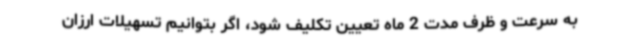
به سرعت و ظرف مدت 2 ماه تعیین تکلیف شود، اگر بتوانیم تسهیلات ارزان